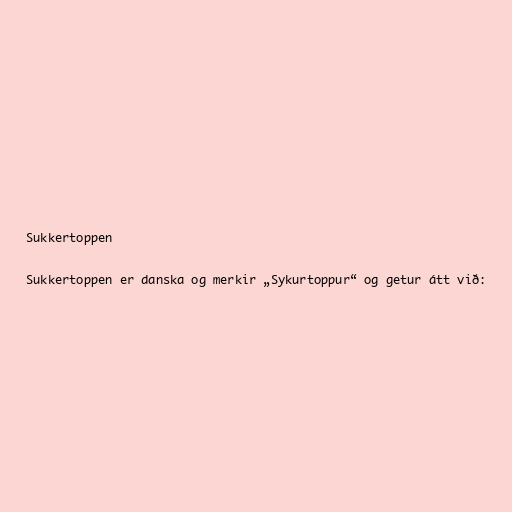
Sukkertoppen

Sukkertoppen er danska og merkir „Sykurtoppur“ og getur átt við: